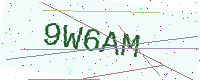
Text: 9W6AM